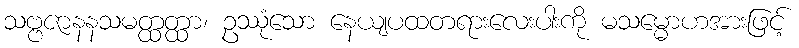
သဗ္ဗဇာနနသမတ္ထတ္ထာ၊ ဥဿုံသော နေယျပထတရားလေးပါးကို မသမ္မောဟအားဖြင့်